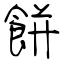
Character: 餅